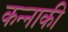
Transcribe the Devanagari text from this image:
कन्नाकी